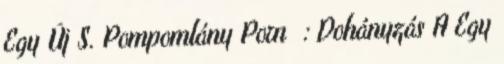
Egy Új S. Pompomlány Porn : Dohányzás A Egy